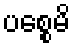
ပစ္စေမိ